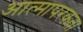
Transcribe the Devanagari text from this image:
आत्मापरकता